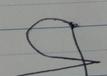
Signature authenticity: forged